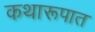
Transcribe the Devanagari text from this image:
कथारूपात